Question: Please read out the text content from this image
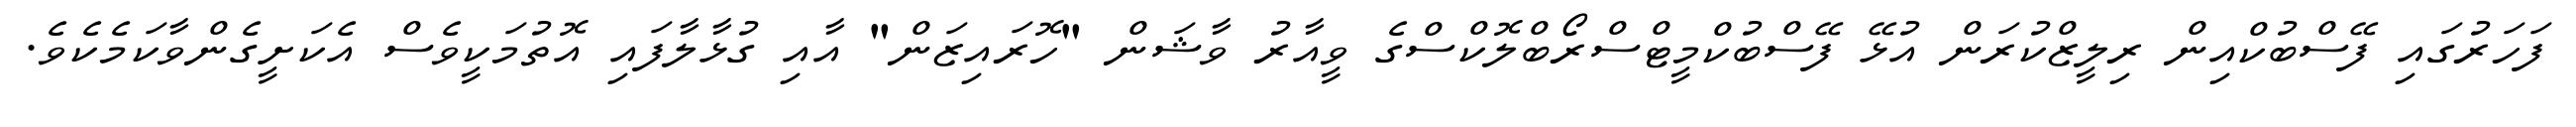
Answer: ފަހަރުގައި ފޭސްބުކްއިން ރިލީޒްކުރަން އުޅޭ ފޭސްބުކްމީޓްސްރޯބްލޮކްސްގެ ވީއާރު ވާޝަން "ހޮރައިޒަން" އާއި ގުޅާލާފައި އޮތުމަކީވެސް އެކަށީގެންވާކަމެކެވެ.